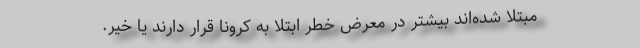
مبتلا شده‌اند بیشتر در معرض خطر ابتلا به کرونا قرار دارند یا خیر.